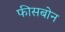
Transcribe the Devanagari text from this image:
फीसबोन